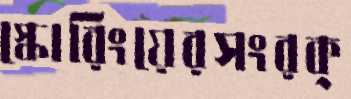
স্কোরিংয়েরসংরক্